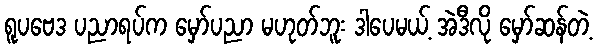
ရူပဗေဒ ပညာရပ်က မှော်ပညာ မဟုတ်ဘူး ဒါပေမယ့် အဲဒီလို မှော်ဆန်တဲ့